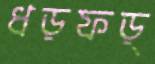
ধড়ফড়্